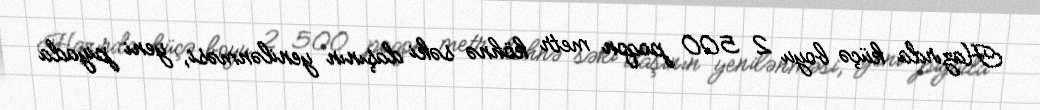
Hazırda küçə boyu 2 500 poqon metr köhnə səki daşının yenilənməsi, yeni piyada